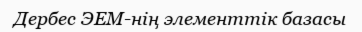
Дербес ЭЕМ-нің элементтік базасы